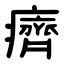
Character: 癠